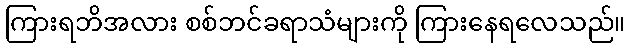
ကြားရဘိအလား စစ်ဘင်ခရာသံများကို ကြားနေရလေသည်။